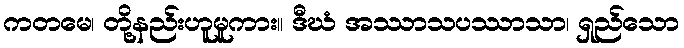
ကတမေ၊ တို့နည်းဟူမူကား။ ဒီဃံ အဿာသပဿာသာ၊ ရှည်သော